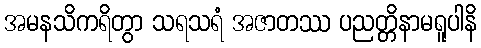
အမနသိကရိတွာ သရသရံ အဇာတဿ ပညတ္တိနာမရူပါနိ